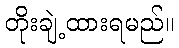
တိုးချဲ့ထားရမည်။